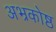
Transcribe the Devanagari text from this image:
अभ्रकोष्ठ